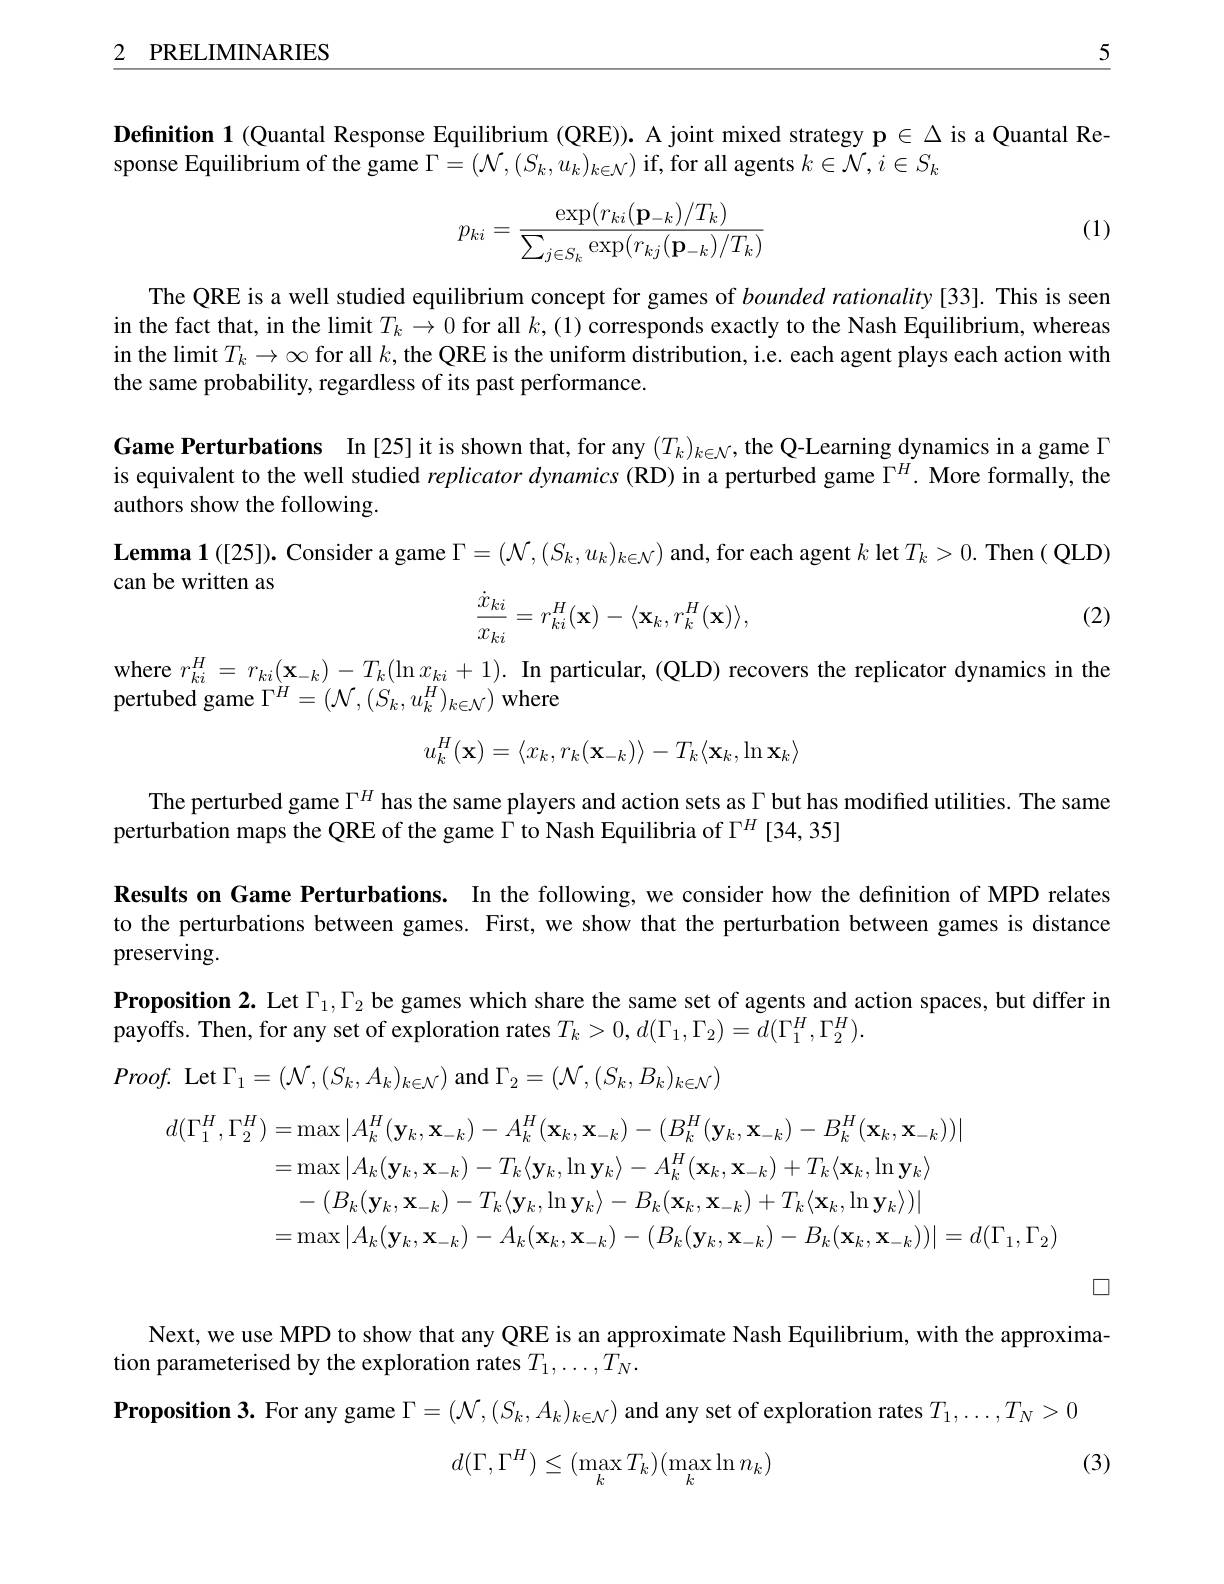
2 PRELIMINARIES

5

Definition 1 (Quantal Response Equilibrium (QRE)). A joint mixed strategy $\mathfrak{p}\in\Delta$ is a Quantal Re-
sponse Equilibrium of the game $\Gamma=(\mathcal{N},(S_k,u_k)_{k\in\mathcal{N}})$ if, for all agents $k\in\mathcal{N},i\in S_k$

(1)
$$p_{ki}=\frac{\exp(r_{ki}(\mathbf{p}_{-k})/T_k)}{\sum_{j\in S_k}\exp(r_{kj}(\mathbf{p}_{-k})/T_k)}$$
The QRE is a well studied equilibrium concept for games of bounded rationality[33]. This is seen in the fact that, in the limit $T_k\to0$ for all $k,(1)$ corresponds exactly to the Nash Equilibrium, whereas in the limit $T_k\to\infty$ for all $k$, the QRE is the uniform distribution, i.e. each agent plays each action with the same probability, regardless of its past performance.

Game Perturbations In[25]it is shown that, for any $(T_k)_{k\in N}$, the Q-Learning dynamics in a game Г is equivalent to the well studied replicator dynamics (RD) in a perturbed game $\Gamma^H.$ More formally, the authors show the following.
$\textbf{Lemma 1( [ 25] ) . Consider a game }\Gamma = \left ( \mathcal{N} , ( S_k, u_k) _{k\in \mathcal{N} }\right )$and,for each agent $k\operatorname{let}T_k>0.\operatorname{Then}\left(\text{QLD}\right)$

can be written as
$$\dfrac{\dot{x}_{ki}}{x_{ki}}=r_{ki}^H(\mathbf{x})-\langle\mathbf{x}_k,r_k^H(\mathbf{x})\rangle,$$
(2)

where $r_{ki}^H=r_{ki}(\mathbf{x}_{-k})-T_k(\ln x_{ki}+1).$ In particular, (QLD) recovers the replicator dynamics in the
pertubed game $\Gamma^H=(\mathcal{N},(S_k,u_k^H)_{k\in\mathcal{N}})$ where
$$u_k^H(\mathbf{x})=\langle x_k,r_k(\mathbf{x}_{-k})\rangle-T_k\langle\mathbf{x}_k,\ln\mathbf{x}_k\rangle $$
The perturbed game $\Gamma^H$ has the same players and action sets as $\Gamma$ but has modified utilities. The same
perturbation maps the QRE of the game $\Gamma$ to Nash Equilibria of $\Gamma^H[34,35]$

Results on Game Perturbations. In the following, we consider how the definition of MPD relates to the perturbations between games. First, we show that the perturbation between games is distance preserving.

$\textbf{Proposition 2.  Let }\Gamma _1, \Gamma _2$ be games which share the same set of agents and action spaces, but differ in
payoffs. Then, for any set of exploration rates $T_k>0,d(\Gamma_1,\Gamma_2)=d(\Gamma_1^H,\Gamma_2^H).$

$Proof.$Let$\Gamma_1=(\mathcal{N},(S_k,A_k)_{k\in\mathcal{N}})$and$\Gamma_2=(\mathcal{N},(S_k,B_k)_{k\in\mathcal{N}})$
$$\begin{aligned}d(\Gamma_{1}^{H},\Gamma_{2}^{H})&=\max|A_{k}^{H}(\mathbf{y}_{k},\mathbf{x}_{-k})-A_{k}^{H}(\mathbf{x}_{k},\mathbf{x}_{-k})-(B_{k}^{H}(\mathbf{y}_{k},\mathbf{x}_{-k})-B_{k}^{H}(\mathbf{x}_{k},\mathbf{x}_{-k}))|\\&=\max|A_{k}(\mathbf{y}_{k},\mathbf{x}_{-k})-T_{k}\langle\mathbf{y}_{k},\ln\mathbf{y}_{k}\rangle-A_{k}^{H}(\mathbf{x}_{k},\mathbf{x}_{-k})+T_{k}\langle\mathbf{x}_{k},\ln\mathbf{y}_{k}\rangle\\&-(B_{k}(\mathbf{y}_{k},\mathbf{x}_{-k})-T_{k}\langle\mathbf{y}_{k},\ln\mathbf{y}_{k}\rangle-B_{k}(\mathbf{x}_{k},\mathbf{x}_{-k})+T_{k}\langle\mathbf{x}_{k},\ln\mathbf{y}_{k}\rangle)|\\&=\max|A_{k}(\mathbf{y}_{k},\mathbf{x}_{-k})-A_{k}(\mathbf{x}_{k},\mathbf{x}_{-k})-(B_{k}(\mathbf{y}_{k},\mathbf{x}_{-k})-B_{k}(\mathbf{x}_{k},\mathbf{x}_{-k}))|=d(\Gamma_{1},\Gamma_{2})\end{aligned}$$
$\square$

Next, we use MPD to show that any QRE is an approximate Nash Equilibrium, with the approxima-
tion parameterised by the exploration rates $T_1,\ldots,T_N.$
$\textbf{Proposition 3.  For any game }\Gamma = ( \mathcal{N} , ( S_k, A_k) _{k\in \mathcal{N} })$ and any set of exploration rates $T_1,\ldots,T_N>0$
(3)
$$d(\Gamma,\Gamma^H)\leq(\max_kT_k)(\max_k\ln n_k)$$